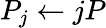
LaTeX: P_{j}\leftarrow jP